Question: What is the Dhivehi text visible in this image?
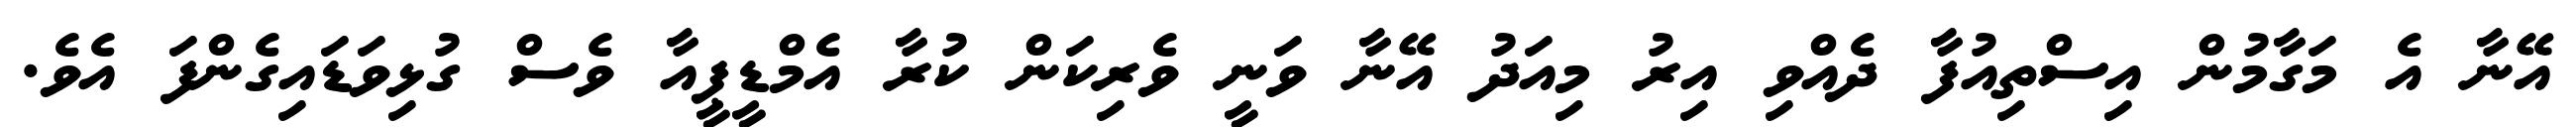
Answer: އޭނާ އެ މަގާމުން އިސްތިއުފާ ދެއްވި އިރު މިއަދު އޭނާ ވަނީ ވެރިކަން ކުރާ އެމްޑީޕީއާ ވެސް ގުޅިވަޑައިގެންފަ އެވެ.